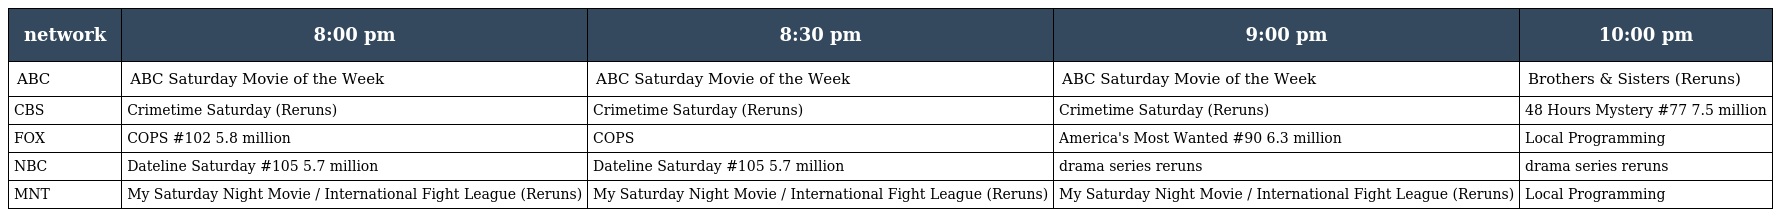
| network | 8:00 pm | 8:30 pm | 9:00 pm | 10:00 pm |
 | --- | --- | --- | --- | --- |
 | ABC | ABC Saturday Movie of the Week | ABC Saturday Movie of the Week | ABC Saturday Movie of the Week | Brothers & Sisters (Reruns) |
 | CBS | Crimetime Saturday (Reruns) | Crimetime Saturday (Reruns) | Crimetime Saturday (Reruns) | 48 Hours Mystery #77 7.5 million |
 | FOX | COPS #102 5.8 million | COPS | America's Most Wanted #90 6.3 million | Local Programming |
 | NBC | Dateline Saturday #105 5.7 million | Dateline Saturday #105 5.7 million | drama series reruns | drama series reruns |
 | MNT | My Saturday Night Movie / International Fight League (Reruns) | My Saturday Night Movie / International Fight League (Reruns) | My Saturday Night Movie / International Fight League (Reruns) | Local Programming |